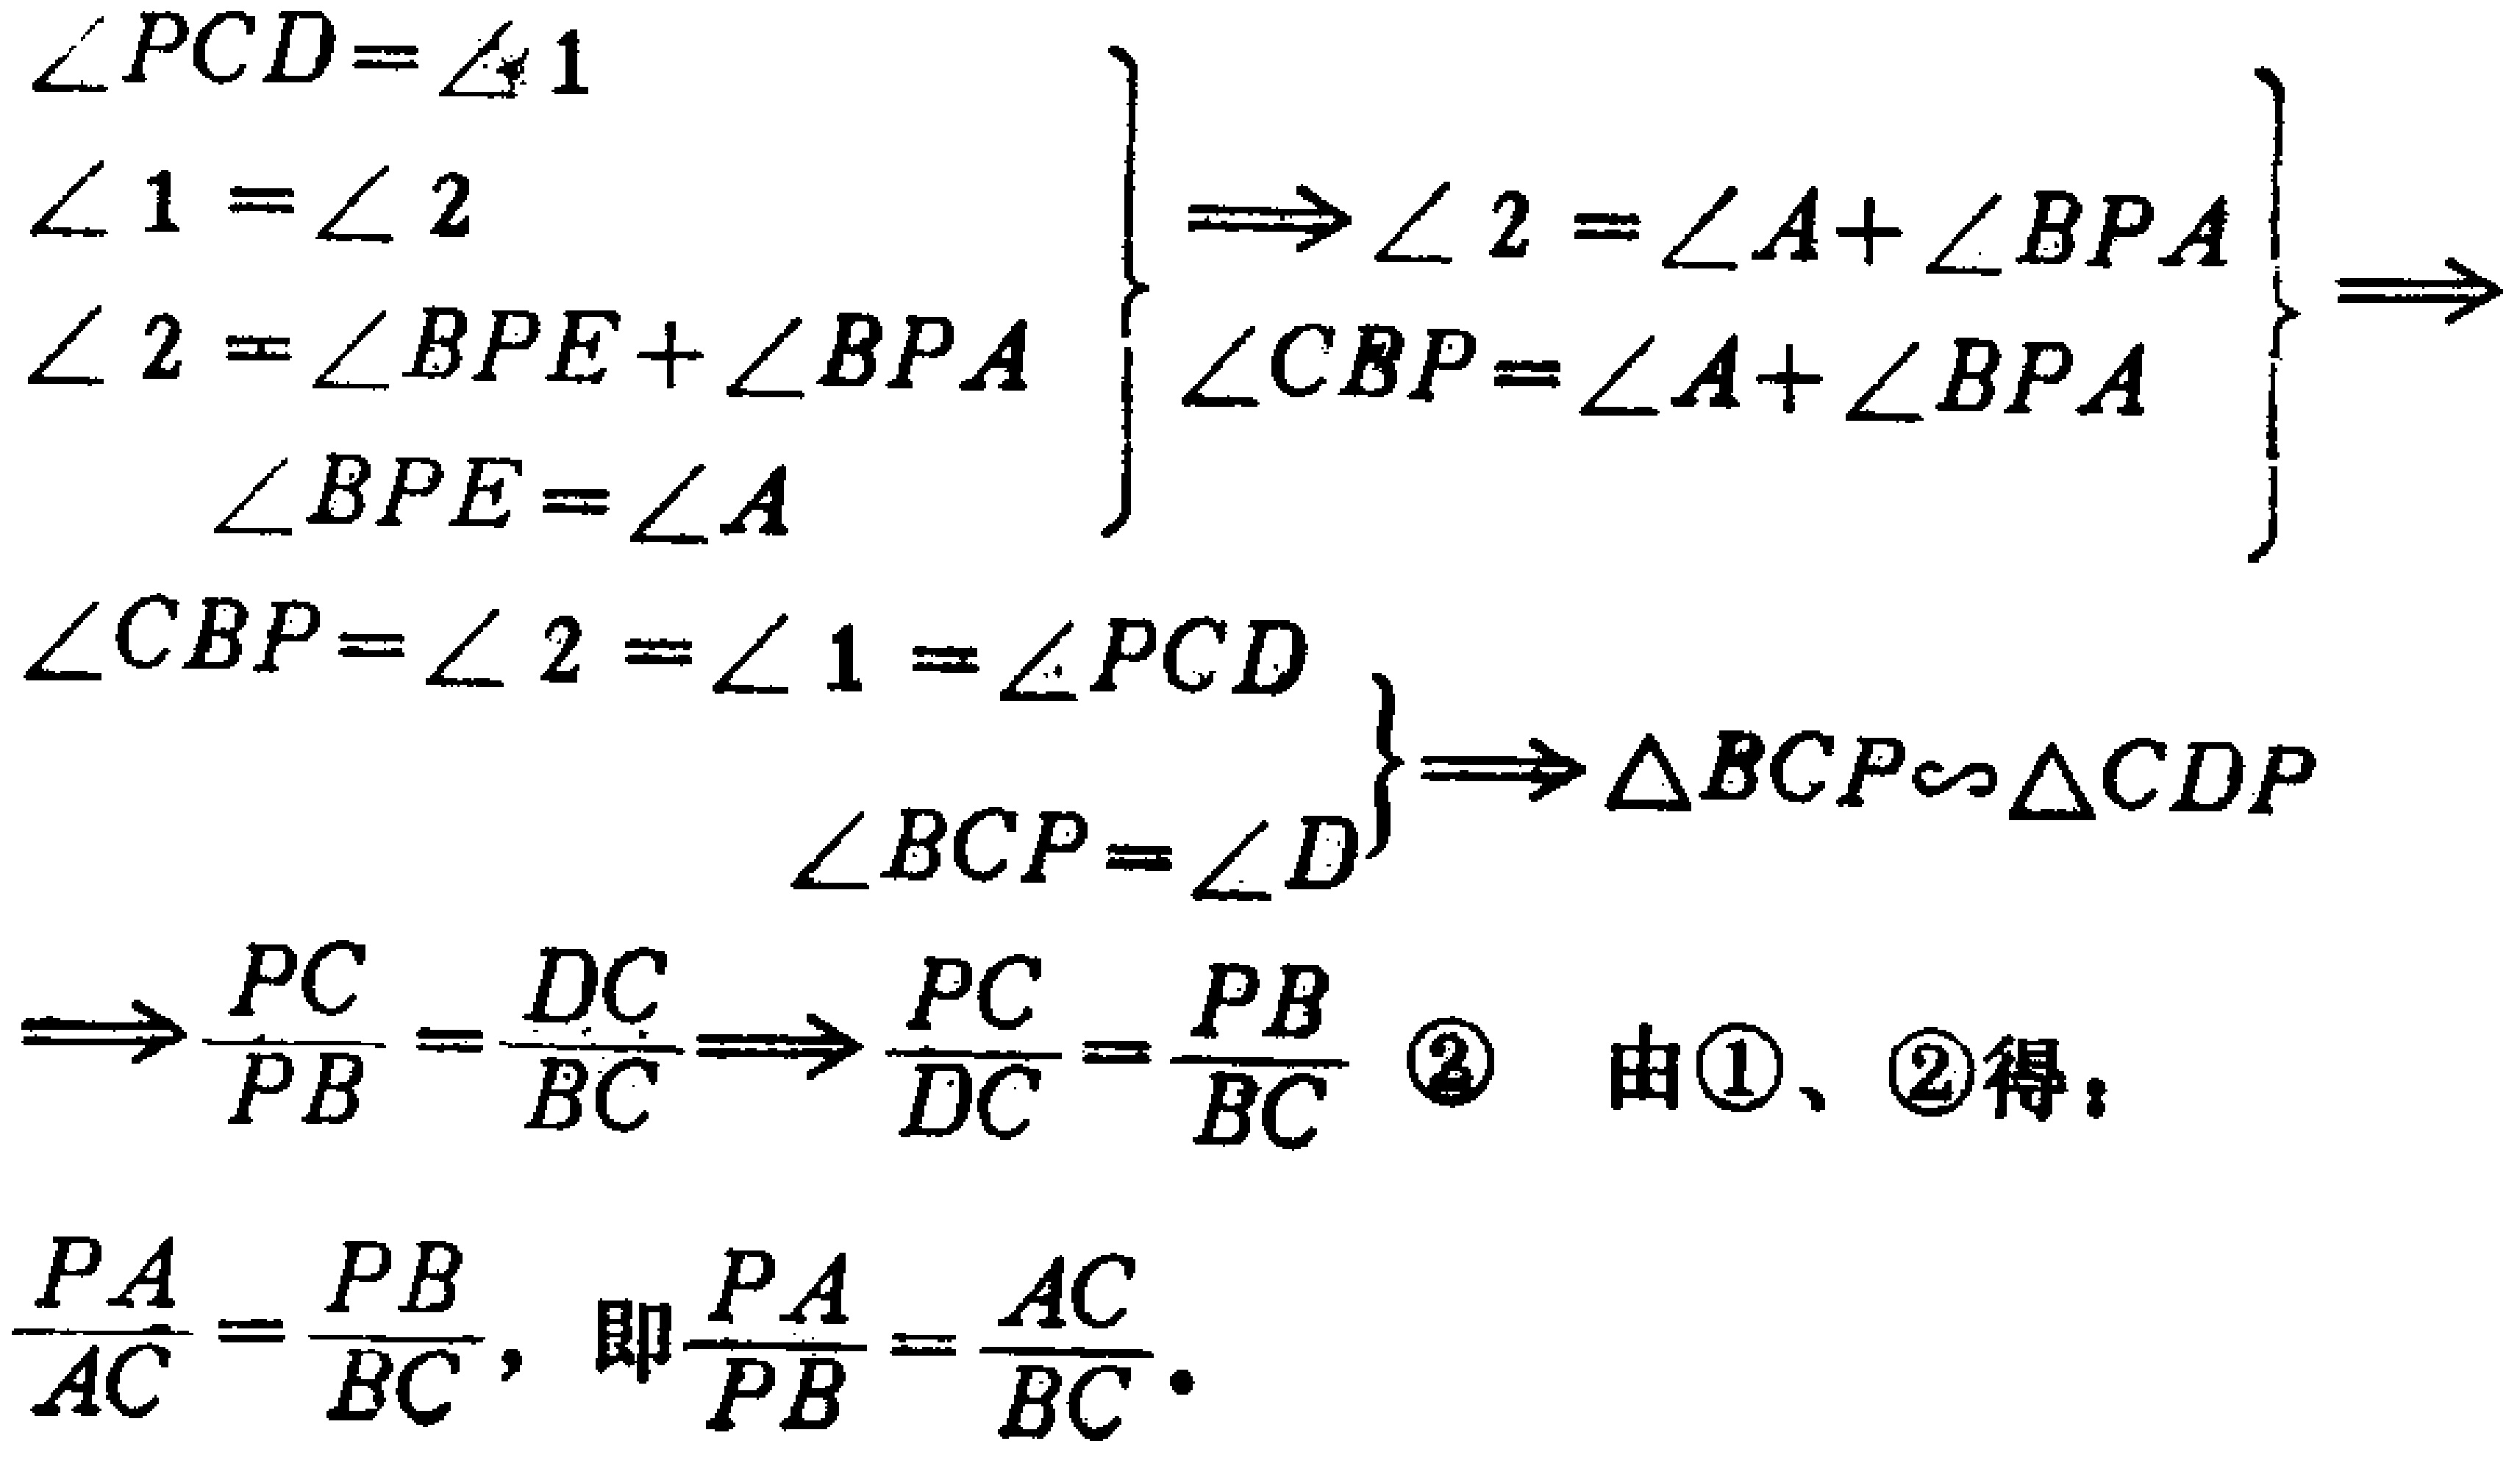
\begin{align*}

&\left.

\begin{array}{l}

\angle PCD = \angle 1\\

\angle 1=\angle 2\\

\angle 2=\angle BPE+\angle BPA\\

\angle BPE=\angle A

\end{array}

\right\}

\Rightarrow

\left.

\begin{array}{l}

\angle 2=\angle A+\angle BPA\\

\angle CBP=\angle A+\angle BPA

\end{array}

\right\}

\Rightarrow\\

&\left.

\begin{array}{l}

\angle CBP=\angle 2=\angle 1=\angle PCD\\

\angle BCP=\angle D

\end{array}

\right\}

\Rightarrow \triangle BCP\sim\triangle CDP\\

&\Rightarrow\frac{PC}{PB}=\frac{DC}{BC}\Rightarrow\frac{PC}{DC}=\frac{PB}{BC}\quad\textcircled{2}\quad\text{由\textcircled{1}、\textcircled{2}得：}\\

&\frac{PA}{AC}=\frac{PB}{BC},\text{ 即 }\frac{PA}{PB}=\frac{AC}{BC}.

\end{align*}